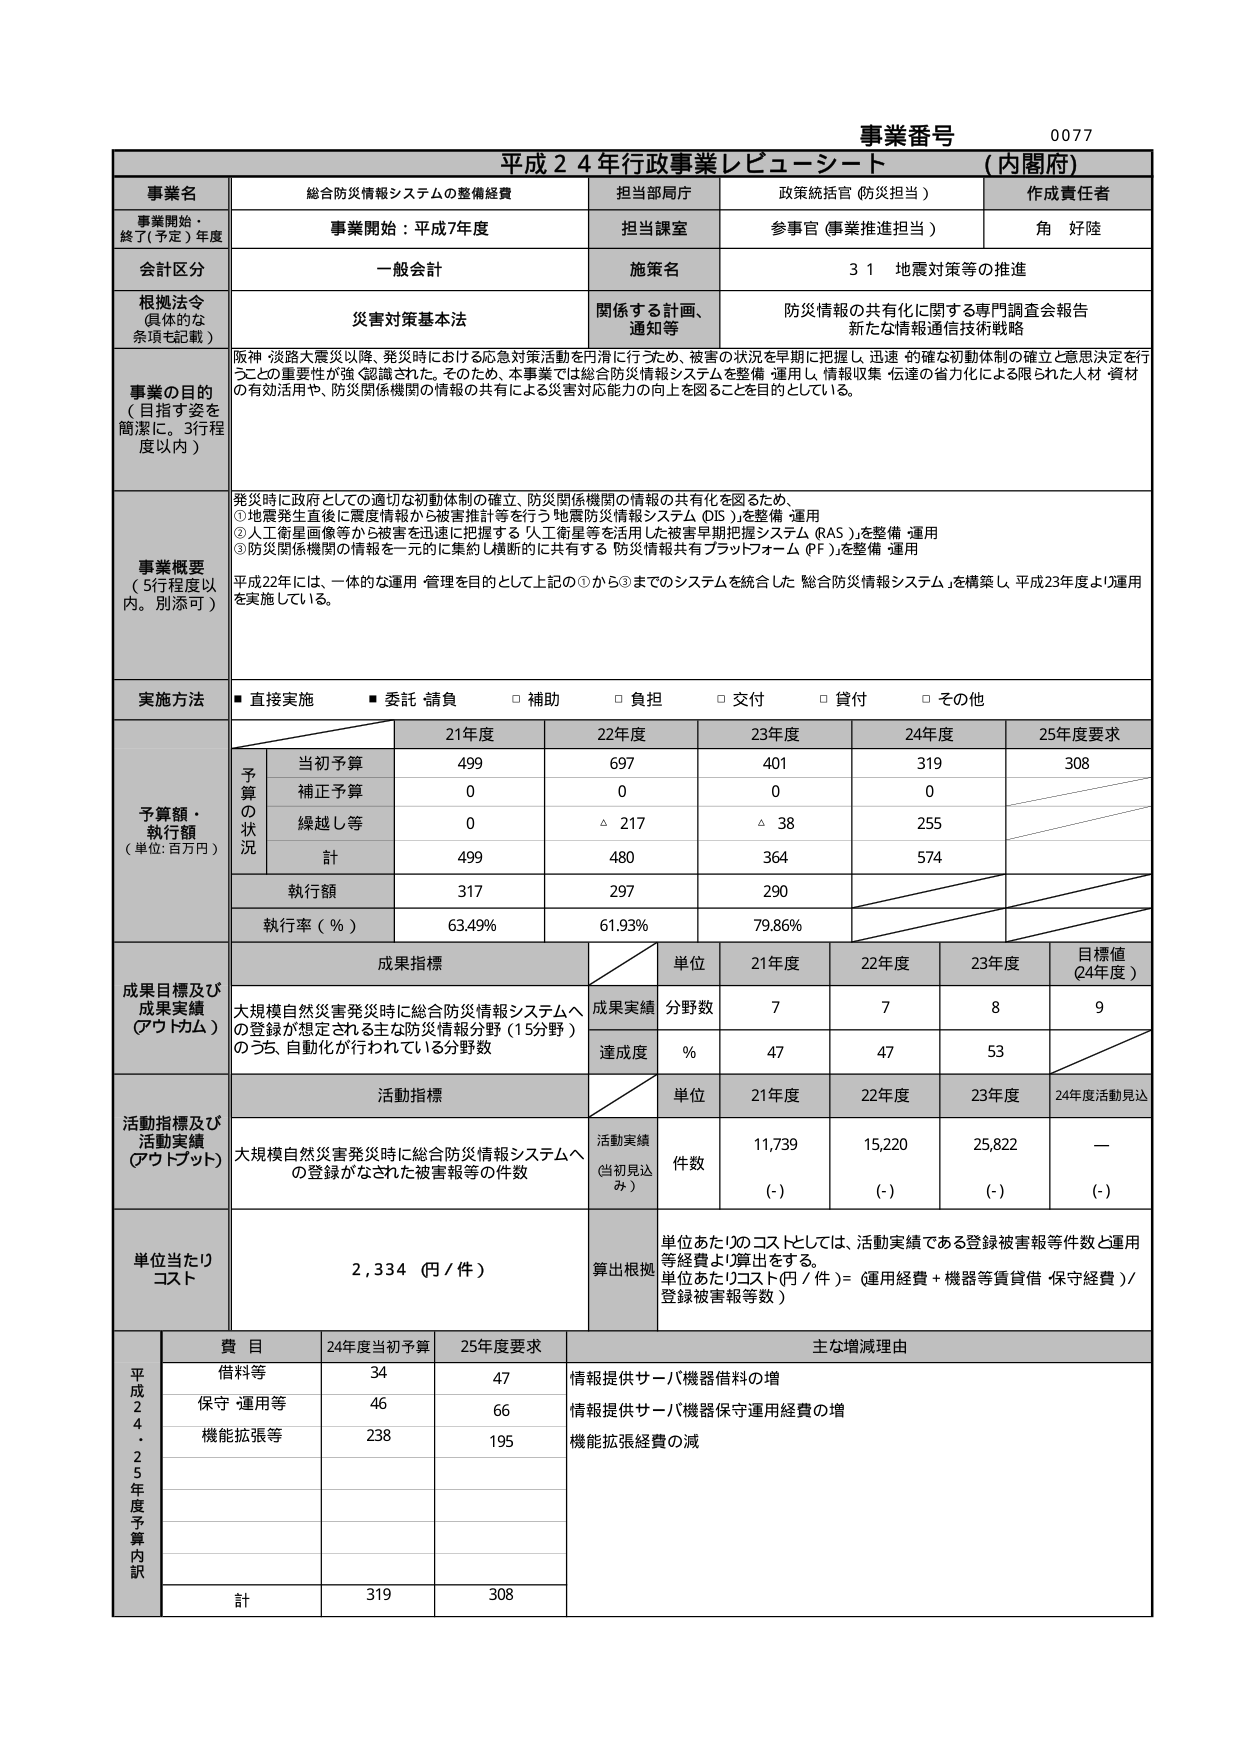
事業番号 0077
平成２４年行政事業レビューシート（内閣府）

事業名 総合防災情報システムの整備経費
担当部局庁 政策統括官（防災担当）
作成責任者 角 好陸

事業開始・終了（予定）年度 事業開始：平成7年度
担当課室 参事官（事業推進担当）

会計区分 一般会計
施策名 31 地震対策等の推進

根拠法令（具体的な条項も記載） 災害対策基本法
関係する計画、通知等 防災情報の共有化に関する専門調査会報告
新たな情報通信技術戦略

事業の目的（目指す姿を簡潔に。3行程度以内）
阪神・淡路大震災以降、発災時における応急対策活動を円滑に行うため、被害の状況を早期に把握し、迅速・的確な初動体制の確立と意思決定を行うことの重要性が強く認識された。そのため、本事業では総合防災情報システムを整備・運用し、情報収集・伝達の省力化による限られた人材・資材の有効活用や、防災関係機関の情報の共有による災害対応能力の向上を図ることを目的としている。

事業概要（5行程度以内。別添可）
発災時に政府としての適切な初動体制の確立、防災関係機関の情報の共有化を図るため、
①地震発生直後に震度情報から被害推計等を行う「地震防災情報システム（DIS）」を整備・運用
②人工衛星画像等から被害を迅速に把握する「人工衛星等を活用した被害早期把握システム（RAS）」を整備・運用
③防災関係機関の情報を一元的に集約し横断的に共有する「防災情報共有プラットフォーム（PF）」を整備・運用
平成22年には、一体的な運用・管理を目的として上記の①から③までのシステムを統合した「総合防災情報システム」を構築し、平成23年度より運用を実施している。

実施方法 ■直接実施 ■委託・請負 □補助 □負担 □交付 □貸付 □その他

予算額・執行額（単位：百万円）
21年度 22年度 23年度 24年度 25年度要求
予算の状況
当初予算 499 697 401 319 308
補正予算 0 0 0 0
繰越し等 0 △217 △38 255
計 499 480 364 574
執行額 317 297 290
執行率（％） 63.49% 61.93% 79.86%

成果目標及び成果実績（アウトカム）
成果指標
大規模自然災害発災時に総合防災情報システムへの登録が想定される主な防災情報分野（15分野）のうち、自動化が行われている分野数
単位 21年度 22年度 23年度 目標値（24年度）
成果実績 分野数 7 7 8 9
達成度 ％ 47 47 53

活動指標及び活動実績（アウトプット）
活動指標
大規模自然災害発災時に総合防災情報システムへの登録がなされた被害報等の件数
単位 21年度 22年度 23年度 24年度活動見込
活動実績（当初見込み） 件数 11,739 15,220 25,822 —
（-） （-） （-） （-）

単位当たりコスト 2,334（円／件）
算出根拠 単位あたりのコストとしては、活動実績である登録被害報等件数と運用等経費より算出をする。
単位あたりコスト（円／件）＝（運用経費＋機器等賃貸借・保守経費）／登録被害報等数

平成24・25年度予算内訳
費目 24年度当初予算 25年度要求 主な増減理由
借料等 34 47 情報提供サーバ機器借料の増
保守・運用等 46 66 情報提供サーバ機器保守運用経費の増
機能拡張等 238 195 機能拡張経費の減
計 319 308